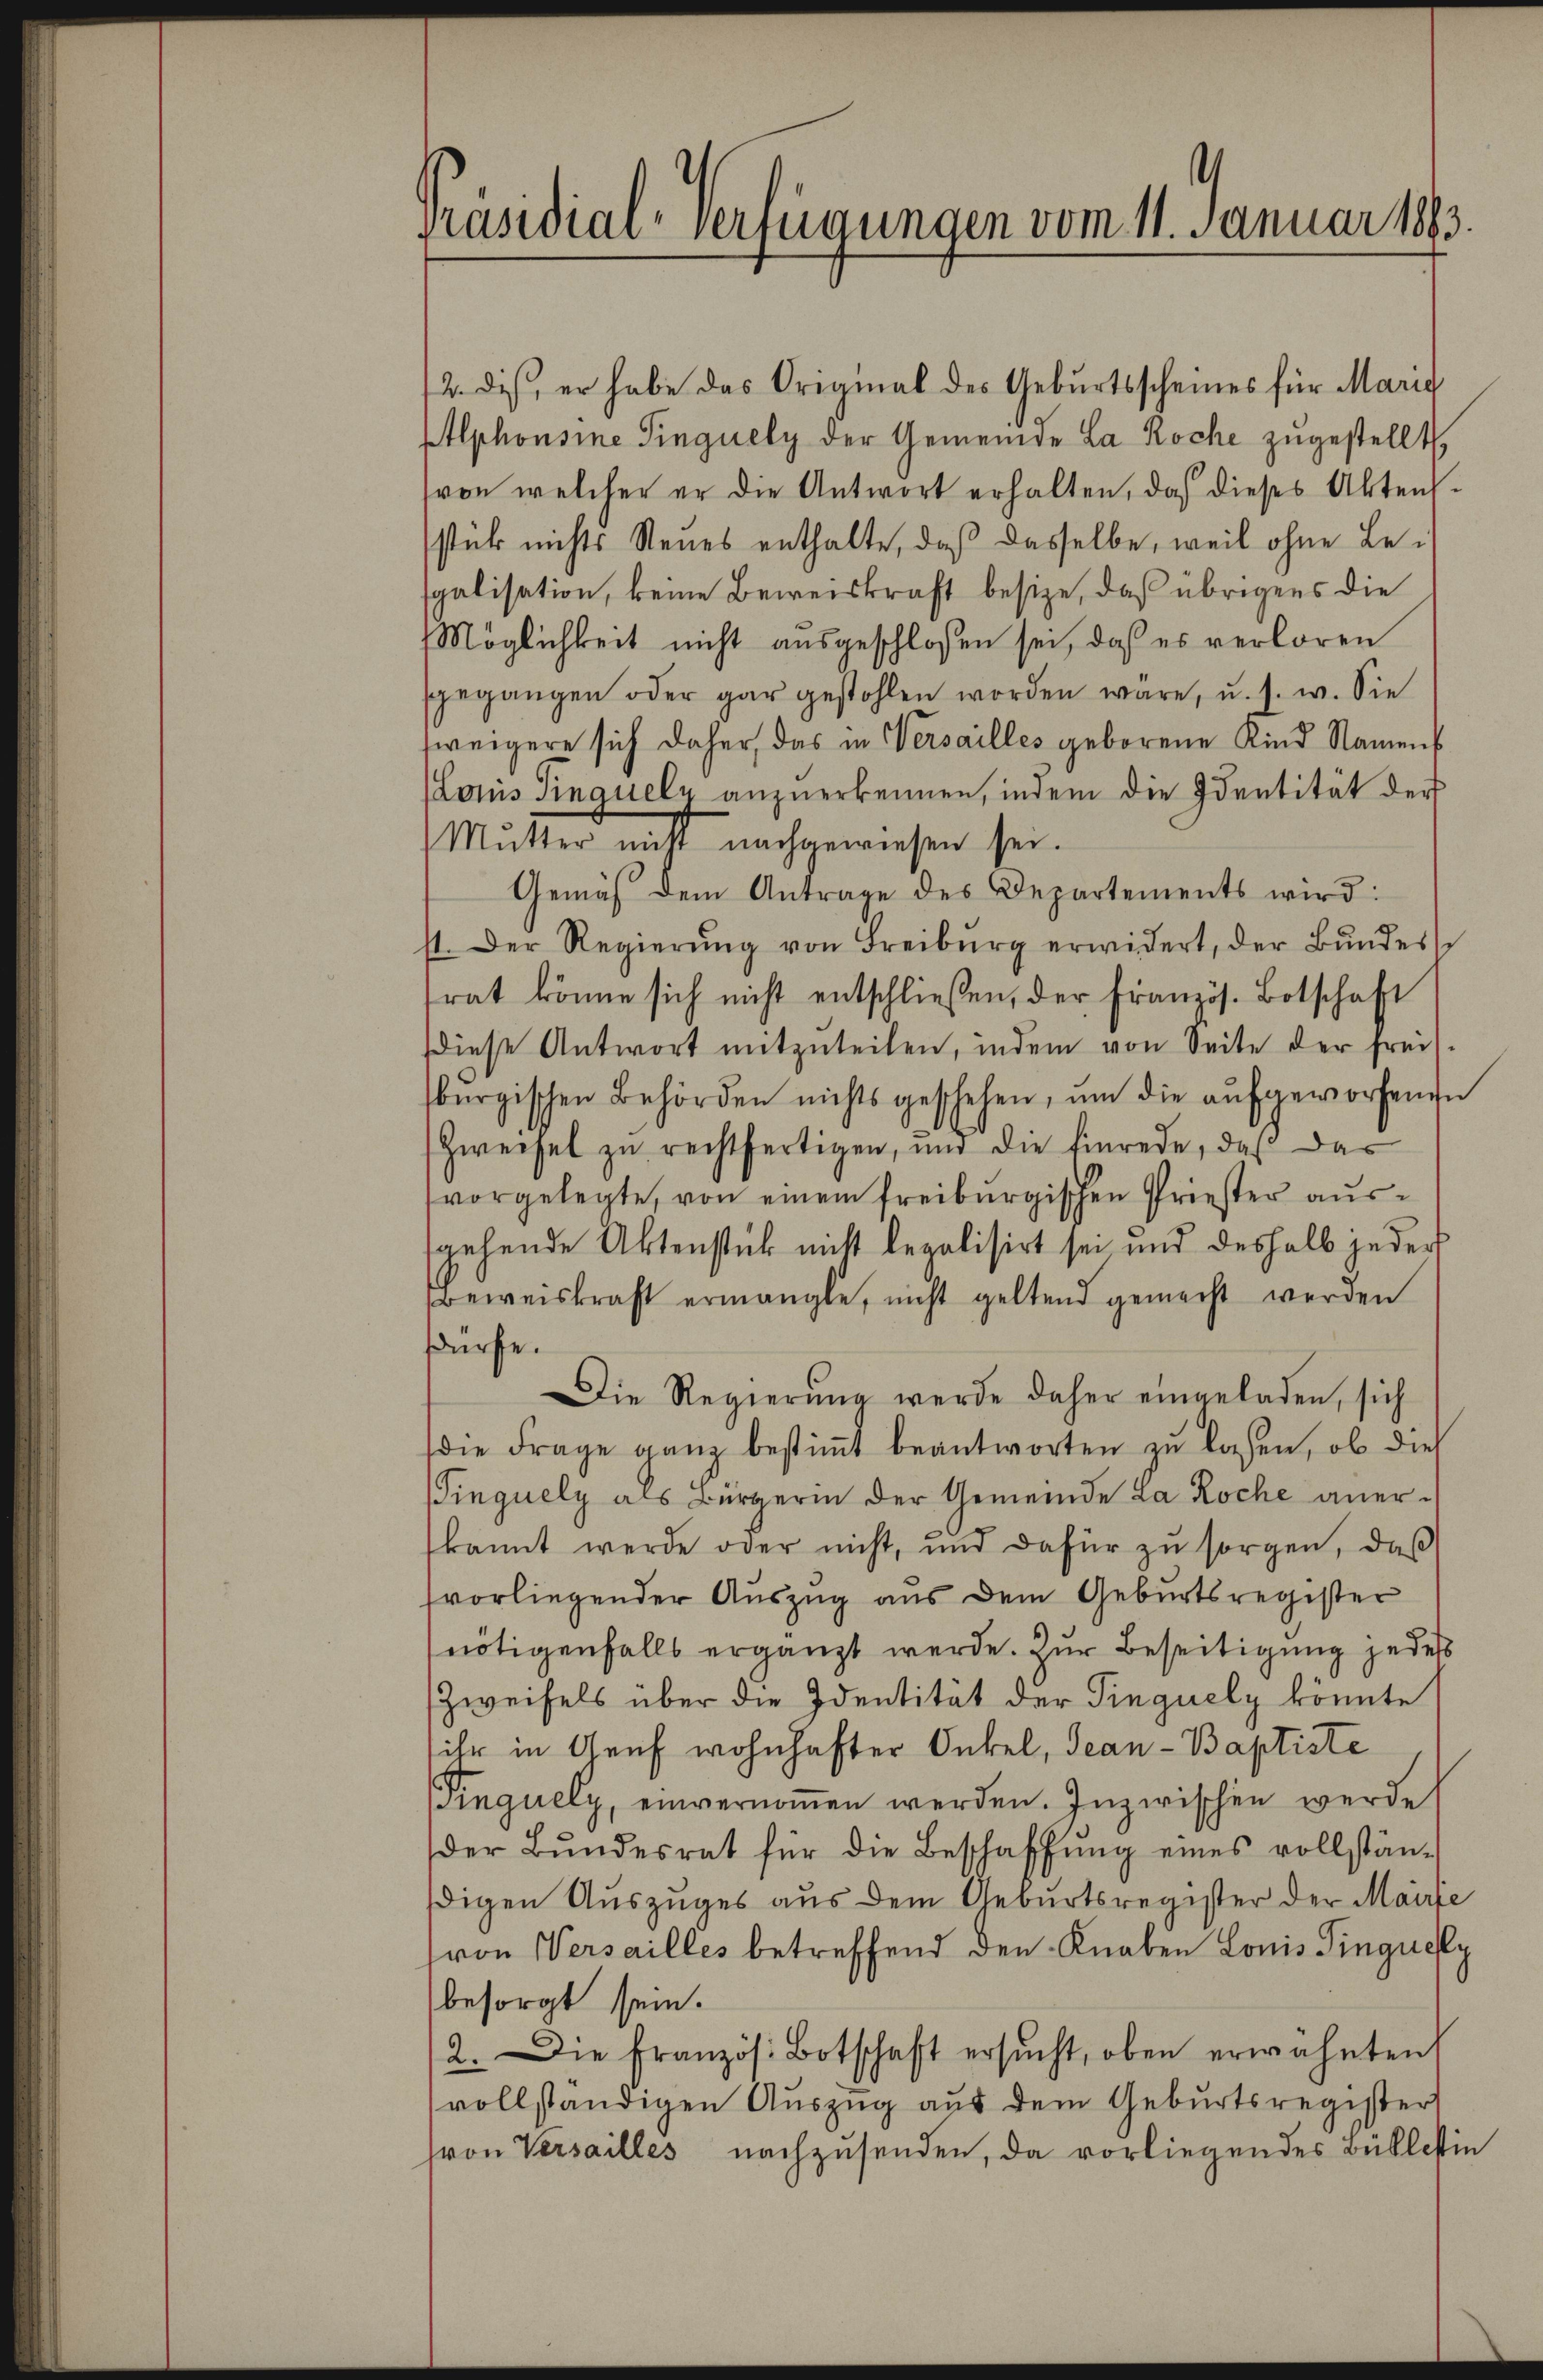
)
Präsidial-Verfügungen vom 11. Januar 1883.

2. dis, er habe das Original des Geburtsscheines für Marie
Alphonsine Singuely der Gemeinde La Roche zugestellt,
(von welcher er die Antwort erhalten, daß dieses Aktensstück nichts Neues enthalte, daß dasselbe, weil ohne Lesgalisation, keine Beweiskraft besize, daß übrigens die
Möglichkeit nicht ausgeschlossen sei, daß es verloren
ggegangen oder gar gestohlen worden wäre, u. s. w. Sie
weigere sich daher, das in Versailles geborene Kind Namens
Louis Finanelz anzuerkennen, indem die Identität der
Mŭtter nicht nachgewiesen sei.
Gemäß dem Antrage des Departements wird:
st. Der Regierŭng von Freiburg erwidert, der Bŭndes
frat könne sich nicht entschließen, der Französ. Botschaft
diese Antwort mitzuteilen, indem von Seite der frei-
burgischen Behörden nichts geschehen, ŭm die aufgeworfenen
Zweisel zu rechtfertigen, und die Einrede, daß das
vorgelegte, von einem freiburgischen Priester aussgehende Aktenstück nicht legalisirt sei und deshalb jeder
Beweiskraft ermangle, nicht geltend gemacht werden
dürfe.
e
Die Regierŭng werde daher eingeladen, sich
die Frage ganz bestimmt beantworten zu lassen, ob dies
Tinquely als Bürgerin der Gemeinde La Roche anerkannt werde oder nicht, und dafür zu sorgen, daß
svorliegender Auszug aus dem Geburtsregister
nötigenfalls ergänzt werde. Zur Beseitigung jedes
Zweifels über die Identität der Singuely könnte
ihr in Genf wohnhafter Onkel, Jean - Baptiste
Pinguely, einvernoṁen werden. Inzwischen werde
der Bŭndesrat für die Beschaffŭng eines vollstän-
digen Auszuges aus dem Geburtsregister der Mairie
(von Versailles betreffend den Knaben Lonis Pinguey
besorgt sein.
2. Die Französ. Botschaft ersŭcht, oben erwähnten
vollständigen Auszug aus dem Geburtsregister
(von Versailles nachzusenden, da vorliegendes Büblestin